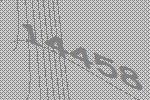
14458